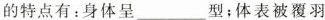
的特点有：身体呈___型；体表被覆羽